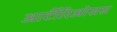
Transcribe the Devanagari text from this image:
आर्टीरिओसस